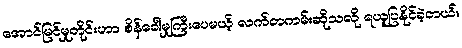
အောင်မြင်မှုတိုင်းဟာ စိန်ခေါ်မှုကြီးပေမယ့် လက်တကမ်းဆိုသလို ရယူပြနိုင်ခဲ့တယ်။